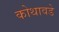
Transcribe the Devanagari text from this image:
कोथावडे